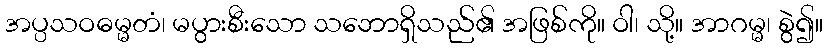
အပ္ပသဝဓမ္မတံ၊ မပွားစီးသော သဘောရှိသည်၏ အဖြစ်ကို။ ဝါ၊ သို့။ အာဂမ္မ၊ စွဲ၍။